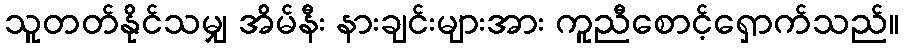
သူတတ်နိုင်သမျှ အိမ်နီး နားချင်းများအား ကူညီစောင့်ရှောက်သည်။